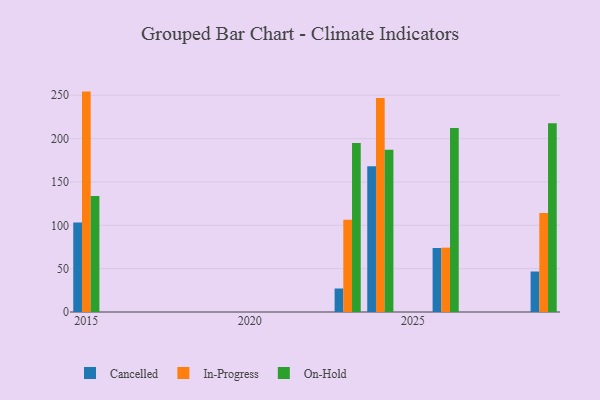
{"axis": {"x": "Year", "y": "Page Views"}, "legend": ["Cancelled", "In-Progress", "On-Hold"], "data": [{"x": "2023", "y": 27.1, "type": "Cancelled"}, {"x": "2023", "y": 106.4, "type": "In-Progress"}, {"x": "2023", "y": 194.9, "type": "On-Hold"}, {"x": "2026", "y": 73.8, "type": "Cancelled"}, {"x": "2026", "y": 74.2, "type": "In-Progress"}, {"x": "2026", "y": 212.2, "type": "On-Hold"}, {"x": "2029", "y": 46.7, "type": "Cancelled"}, {"x": "2029", "y": 114.3, "type": "In-Progress"}, {"x": "2029", "y": 217.6, "type": "On-Hold"}, {"x": "2015", "y": 103.2, "type": "Cancelled"}, {"x": "2015", "y": 254.2, "type": "In-Progress"}, {"x": "2015", "y": 133.9, "type": "On-Hold"}, {"x": "2024", "y": 168.0, "type": "Cancelled"}, {"x": "2024", "y": 246.7, "type": "In-Progress"}, {"x": "2024", "y": 187.1, "type": "On-Hold"}]}